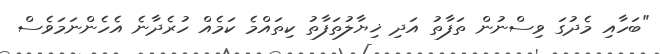
"ބަހާއި މެދުގަ ވިސްނުން ތަފާތު އަދި ޚިޔާލުތަފާތު ކިތައްމެ ކަމެއްް ހުރެދާނެ އެހެންނަމަވެސް